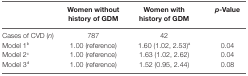
|  | Women without history of GDM | Women with history of GDM | p-Value |
 | --- | --- | --- | --- |
 | Cases of CVD (n) | 787 | 42 |  |
 | Model 1b | 1.00 (reference) | 1.60 (1.02, 2.53)a | 0.04 |
 | Model 2c | 1.00 (reference) | 1.63 (1.02, 2.62) | 0.04 |
 | Model 3d | 1.00 (reference) | 1.52 (0.95, 2.44) | 0.08 |